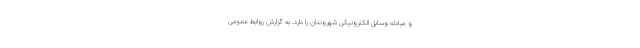
و مبادله وسایل الکترونیکی شهروندان را دارد. به گزارش روابط عمومی